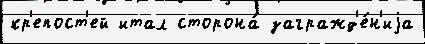
кр'епост'ей итал сторона́ загражд'е́н'иjа